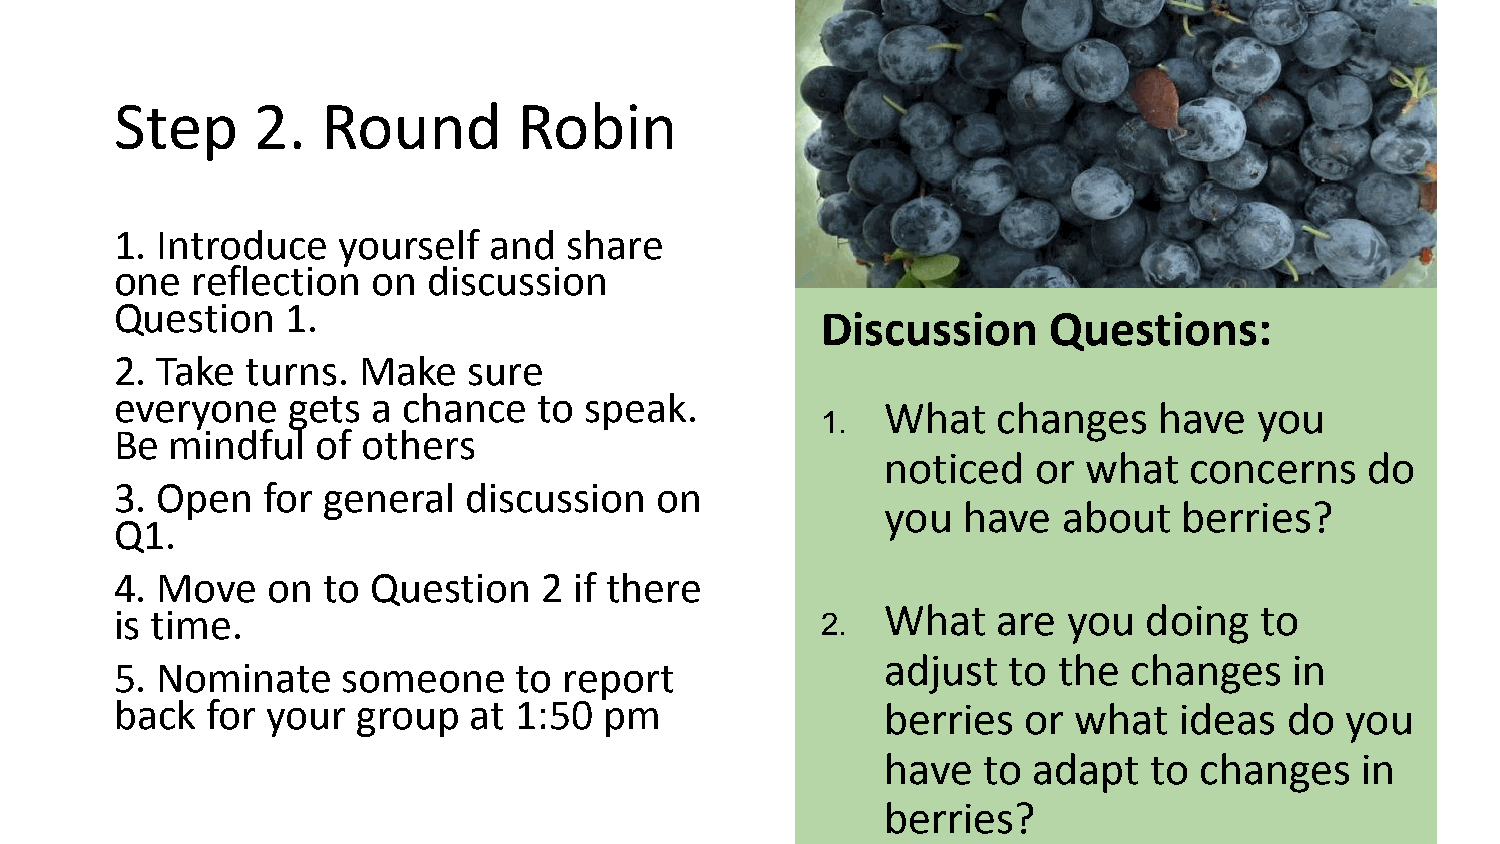
Step     2.  Round        Robin
 1. Introduce  yourself  and   share
 one  reflection  on discussion
 Question   1.
 Discussion     Questions:
 2. Take turns.  Make   sure
 everyone   gets  a chance   to speak.
 What   changes    have  you
 1.
 Be mindful   of others
 noticed   or what   concerns   do
 3. Open  for general   discussion  on
 you  have  about   berries?
 Q1.
 4. Move   on to  Question   2 if there
 is time.                                      2.   What   are  you  doing  to
 adjust  to the  changes    in
 5. Nominate    someone    to report
 back  for your  group  at 1:50  pm                 berries  or what   ideas  do  you
 have  to adapt   to changes    in
 berries?